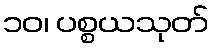
၁၀၊ ပစ္စယသုတ်